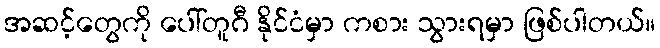
အဆင့်တွေကို ပေါ်တူဂီ နိုင်ငံမှာ ကစား သွားရမှာ ဖြစ်ပါတယ်။